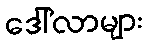
ဒေါ်လာများ